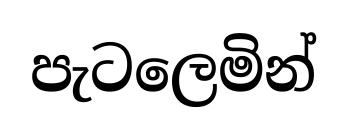
පැටලෙමින්